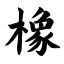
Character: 橡